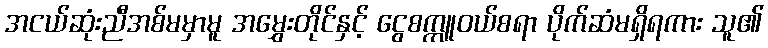
အငယ်ဆုံးညီအစ်မမှာမူ အမွှေးတိုင်နှင့် ငွေစက္ကူဝယ်စရာ ပိုက်ဆံမရှိရကား သူ၏